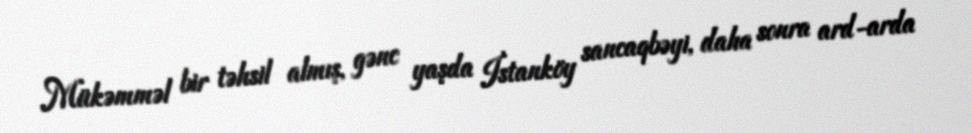
Mükəmməl bir təhsil almış, gənc yaşda İstanköy sancaqbəyi, daha sonra ard-arda